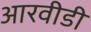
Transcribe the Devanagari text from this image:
आरवीडी